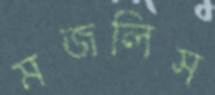
মজলিস